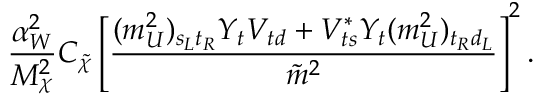
\frac { \alpha _ { W } ^ { 2 } } { M _ { \chi } ^ { 2 } } C _ { \tilde { \chi } } \left[ \frac { ( m _ { U } ^ { 2 } ) _ { s _ { L } t _ { R } } Y _ { t } V _ { t d } + V _ { t s } ^ { * } Y _ { t } ( m _ { U } ^ { 2 } ) _ { t _ { R } d _ { L } } } { { \tilde { m } ^ { 2 } } } \right] ^ { 2 } .